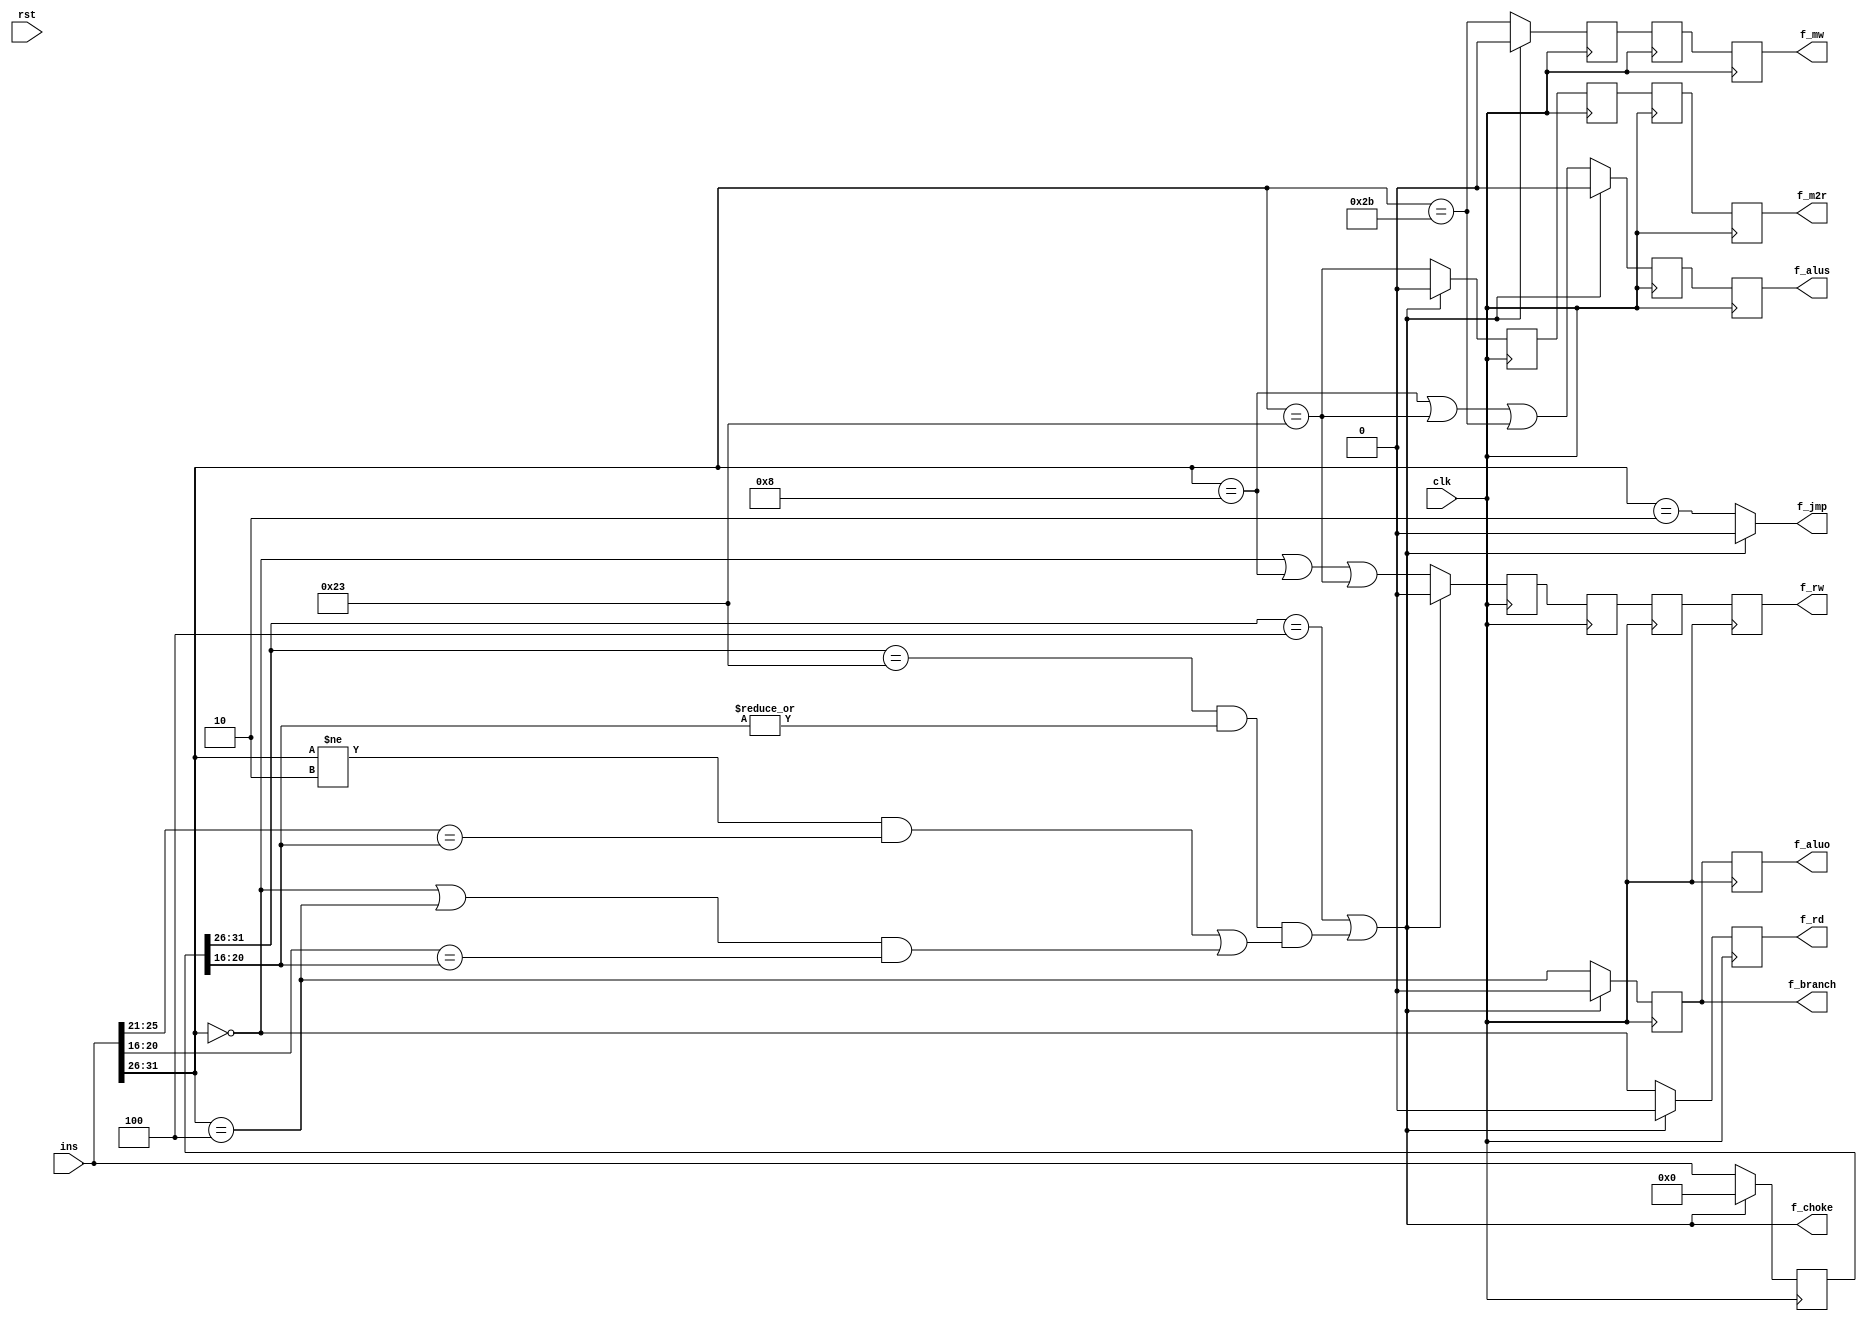
module Ctl(
  input clk, rst,
  input [31:0] ins,
  output f_jmp, f_branch, f_rd, f_rw, f_m2r, f_mw, f_alus, f_aluo, f_choke
);
  wire [5:0] op;
  assign op = ins[31:26];
  wire [4:0] ra0;
  assign ra0 = ins[25:21];
  wire [4:0] ra1;
  assign ra1 = ins[20:16];

  reg [31:0] pre_ins = 0;
  wire [5:0] pre_op;
  assign pre_op = pre_ins[31:26];
  wire [4:0] pre_wa;
  assign pre_wa = pre_ins[20:16];

  assign f_choke = (pre_op == 6'b000100) || (
    (pre_op == 6'b100011) && (| pre_wa) && (
      (
        (op != 6'b000010) && (ra0 == pre_wa)
      ) || (
        ((op == 6'b000000) || (op == 6'b000100)) && (ra1 == pre_wa)
      )
    )
  );
  assign f_jmp = f_choke ? 0 : op == 6'b000010;

  always @(posedge clk) begin
    pre_ins <= f_choke ? 0 : ins;
  end

  reg ifid_branch = 0, ifid_rd = 0, ifid_rw = 0, ifid_m2r = 0, ifid_mw = 0, ifid_alus = 0, ifid_aluo = 0;

  always @(posedge clk) begin
    if (f_choke) begin
      ifid_branch <= 0;
      ifid_rw <= 0;
      ifid_m2r <= 0;
      ifid_mw <= 0;
      ifid_alus <= 0;
      ifid_aluo <= 0;
      ifid_rd <= 0;
    end else begin
      ifid_rw <= (op == 6'b000000) || (op == 6'b001000) || (op == 6'b100011);
      ifid_m2r <= op == 6'b100011;
      ifid_mw <= op == 6'b101011;
      ifid_alus <= (op == 6'b001000) || (op == 6'b100011) || (op == 6'b101011);
      ifid_aluo <= op == 6'b000100;

      ifid_branch <= op == 6'b000100;
      ifid_rd <= op == 6'b000000;
    end
  end

  assign f_rd = ifid_rd;
  assign f_branch = ifid_branch;

  reg idex_rw = 0, idex_m2r = 0, idex_mw = 0, idex_alus = 0, idex_aluo = 0;

  always @(posedge clk) begin
    idex_rw <= ifid_rw;
    idex_m2r <= ifid_m2r;
    idex_mw <= ifid_mw;

    idex_alus <= ifid_alus;
    idex_aluo <= ifid_aluo;
  end

  assign f_alus = idex_alus;
  assign f_aluo = idex_aluo;

  reg exmem_rw = 0, exmem_m2r = 0, exmem_mw = 0;

  always @(posedge clk) begin
    exmem_rw <= idex_rw;
    exmem_m2r <= idex_m2r;

    exmem_mw <= idex_mw;
  end

  assign f_mw = exmem_mw;

  reg memwb_rw = 0, memwb_m2r = 0;

  always @(posedge clk) begin
    memwb_m2r <= exmem_m2r;
    memwb_rw <= exmem_rw;
  end

  assign f_m2r = memwb_m2r;
  assign f_rw = memwb_rw;
endmodule